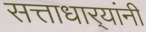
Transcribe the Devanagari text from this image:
सत्ताधार्‍यांनी